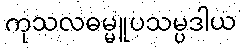
ကုသလဓမ္မူပသမ္ပဒါယ